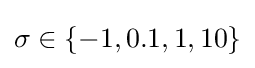
\sigma \in \{-1,0.1,1,10\}